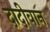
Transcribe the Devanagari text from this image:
दादीवान